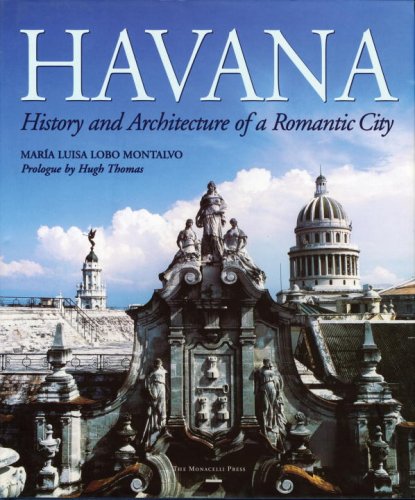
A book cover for Havana: History and Architecture of a Romantic City; Maria Luisa Lobo Montalvo; History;